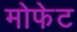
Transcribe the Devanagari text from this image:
मोफेट